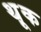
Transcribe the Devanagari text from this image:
थ़ूक